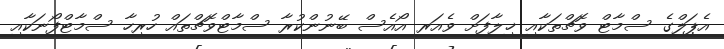
އެޕަލްގެ ސްމާޓް ވޮޗްތަކާއި ޚިލާފަށް ވެއަރ އޯއެސް ބޭނުންކުރާ ސްމާޓްވޮޗްތައް ހުރިހާ ސްމާޓްފޯނަކާއި